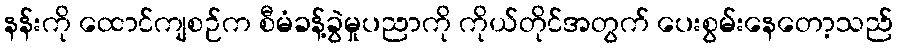
နန်းကို ထောင်ကျစဉ်က စီမံခန့်ခွဲမှုပညာကို ကိုယ်တိုင်အတွက် ပေးစွမ်းနေတော့သည်